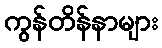
ကွန်တိန်နာများ